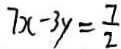
7 x - 3 y = \frac { 7 } { 2 }